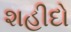
શહીદો